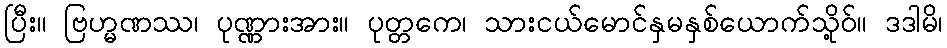
ပြီး။ ဗြဟ္မဏဿ၊ ပုဏ္ဏားအား။ ပုတ္တကေ၊ သားငယ်မောင်နှမနှစ်ယောက်သို့ဝ်။ ဒဒါမိ၊